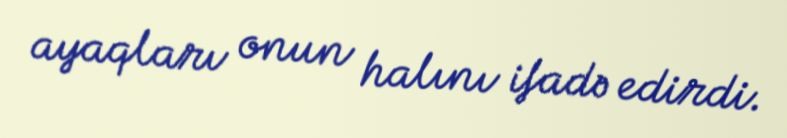
ayaqları onun halını ifadə edirdi.